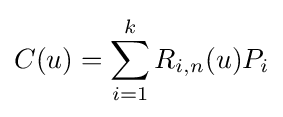
C(u)=\sum _{i=1}^{k}R_{i,n}(u)P_{i}